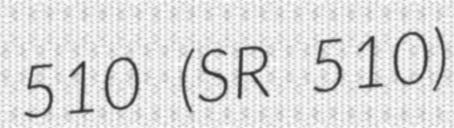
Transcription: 510 (SR 510)